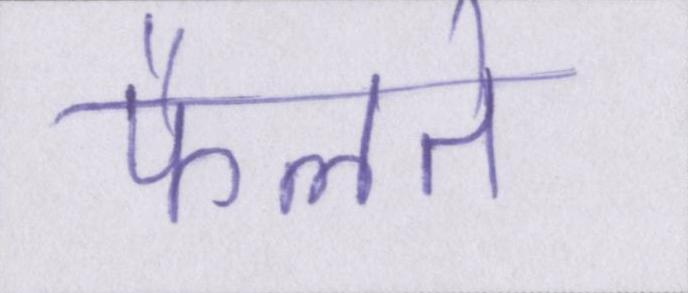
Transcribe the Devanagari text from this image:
फैलते